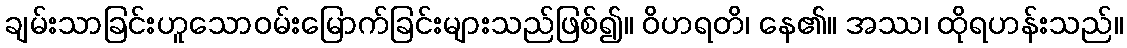
ချမ်းသာခြင်းဟူသောဝမ်းမြောက်ခြင်းများသည်ဖြစ်၍။ ဝိဟရတိ၊ နေ၏။ အဿ၊ ထိုရဟန်းသည်။